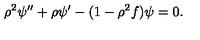
\rho ^ { 2 } \psi ^ { \prime \prime } + \rho \psi ^ { \prime } - ( 1 - \rho ^ { 2 } f ) \psi = 0 .